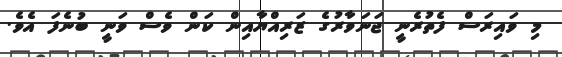
މި ވައިރަސް ފެތުރެނީ ޖަނަވާރުގެ ޒަރިއްޔާއިން ކަން ވެސް ވަނީ ބުނެފަ އެވެ.